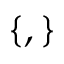
\{ { } , { } \}